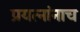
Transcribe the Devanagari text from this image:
प्रयत्नांनाच